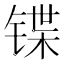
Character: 𰾕